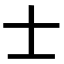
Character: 士